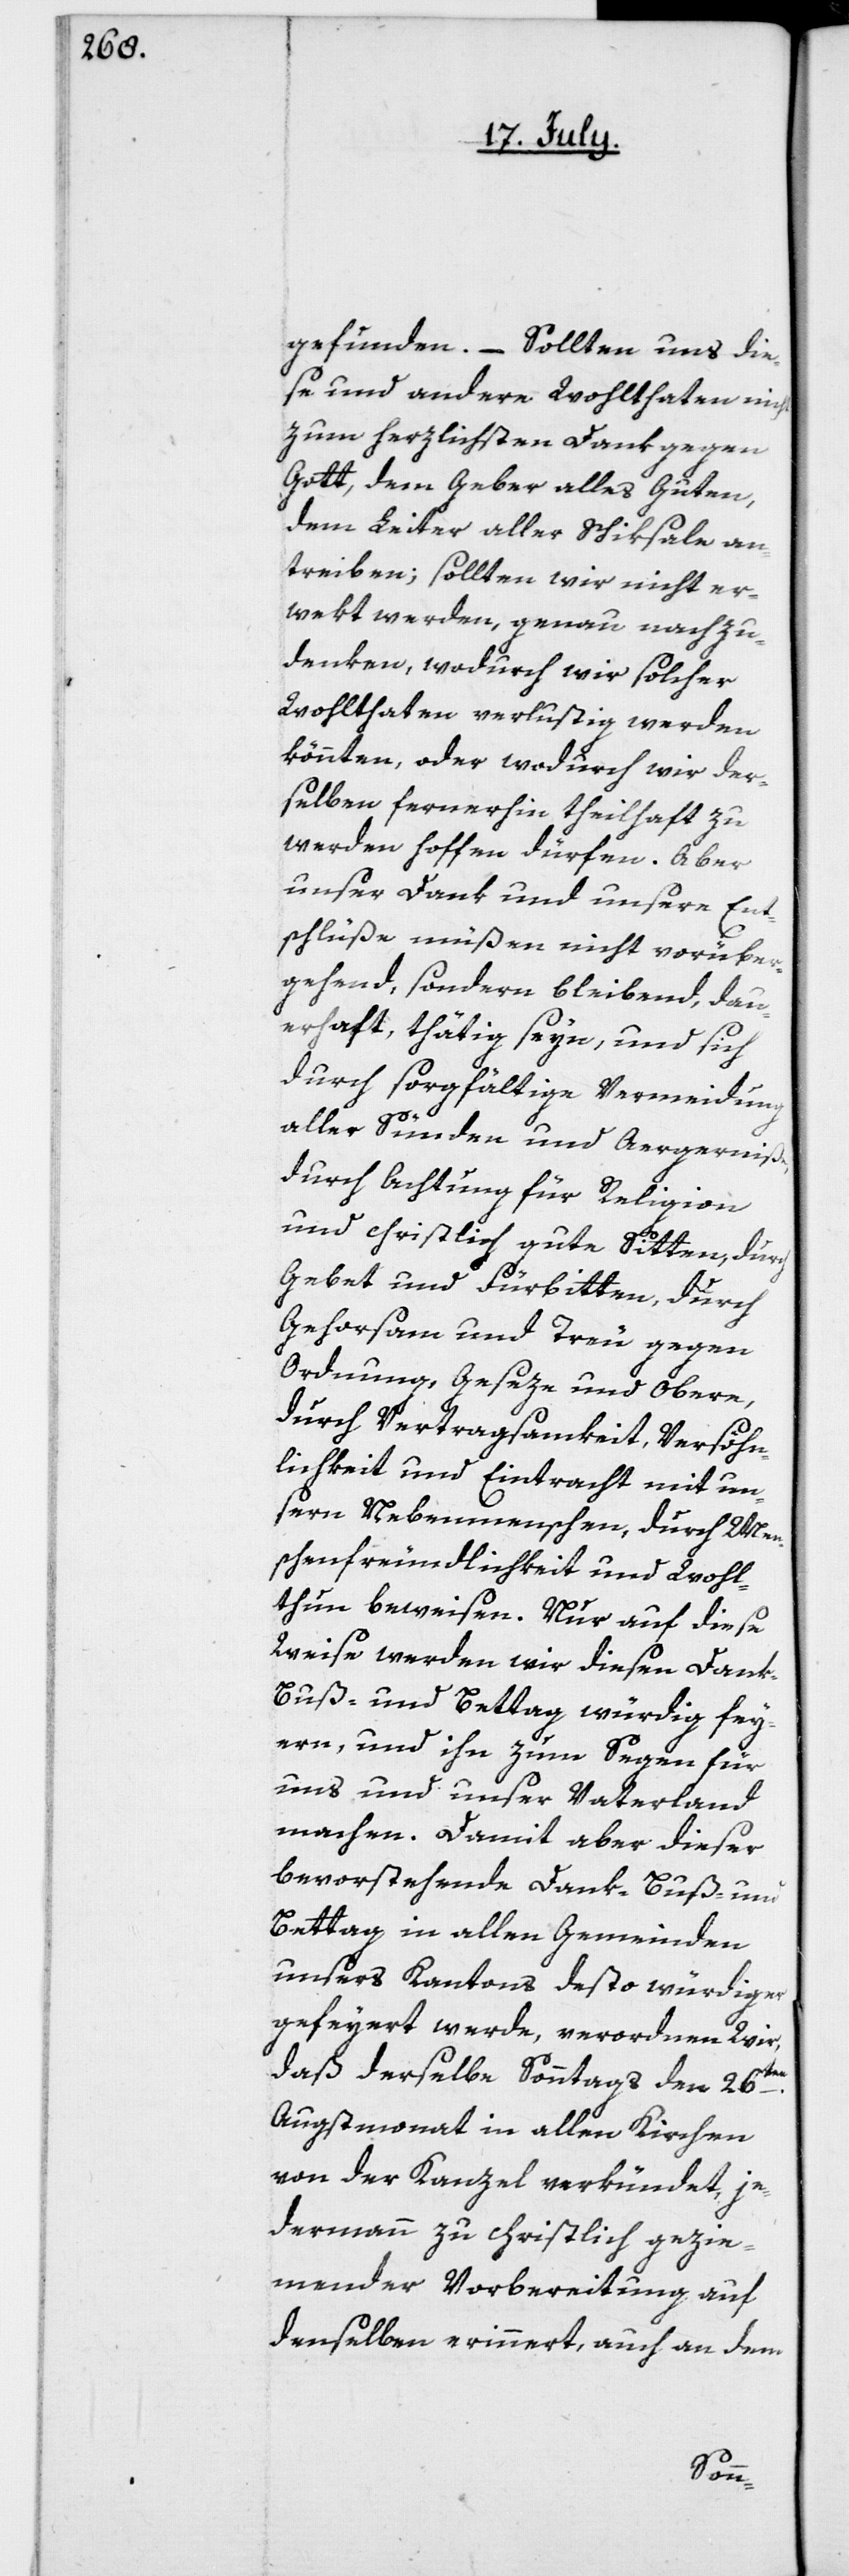
gefunden. – Sollten uns die¬
se und andere Wohlthaten nicht
zum herzlichsten Dank gegen
Gott, dem Geber alles Guten,
dem Leiter aller Schiksale an¬
treiben; sollten wir nicht er¬
wekt werden, genau nachzu¬
denken, wodurch wir solcher
Wohlthaten verlustig werden
könnten, oder wodurch wir der¬
selben fernerhin theilhaft zu
werden hoffen dürfen. Aber
unser Dank und unsere Ent¬
schlüße müßen nicht vorüber¬
gehend, sondern bleibend, dau¬
erhaft, thätig seyn, und sich
durch sorgfältige Vermeidung
aller Sünden und Aergerniße,
durch Achtung für Religion
und christlich gute Sitten, durch
Gebet und Fürbitten, durch
Gehorsam und Treu gegen
Ordnung, Geseze und Obere,
durch Vertragsamkeit, Versöhn¬
lichkeit und Eintracht mit un¬
sern Nebenmenschen, durch Men¬
schenfreundlichkeit und Wohl¬
thun beweisen. Nur auf diese
Weise werden wir diesen Dank-[,]
Buß- und Bettag würdig fey¬
ern, und ihn zum Segen für
uns und unser Vaterland
machen. Damit aber dieser
bevorstehende Dank-[,] Buß- und
Bettag in allen Gemeinden
unsers Kantons desto würdiger
gefeyert werde, verordnen Wir,
daß derselbe Sonntag den 26ten
Augstmonat in allen Kirchen
von der Kanzel verkündet, je¬
dermann zu christlich gezie¬
mender Vorbereitung auf
denselben erinnert, auch an dem